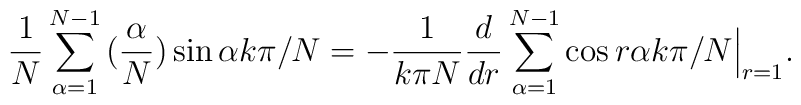
\frac{1}{N} \sum_{\alpha=1}^{N-1} \big(\frac{\alpha}{N}\big)\sin \alpha k \pi /N=-\frac{1}{k \pi N} \frac{d}{dr} \sum_{\alpha=1}^{N-1}\cos r \alpha k \pi /N \Big|_{r=1}.